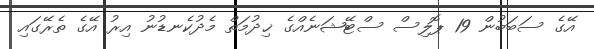
އޭގެ ސަބަބުން 19 ޕޮލިސް ސްޓޭޝަނެއްގެ ޚިދުމަތް މެދުކެނޑުނު އިރު އޭގެ ތެރޭގައި